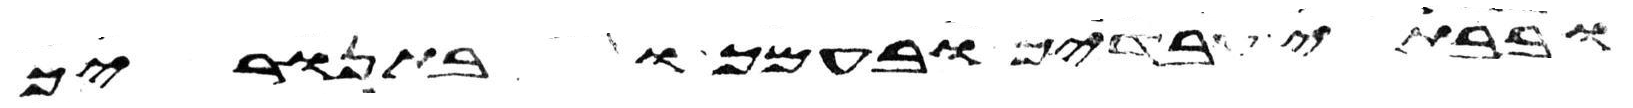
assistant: ובבתי עבדיך ובעמך ובתנוריך